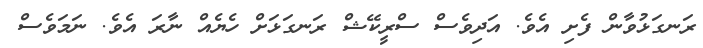
ރަނގަޅުވާން ފެށި އެވެ. އަދިވެސް ސްރީކޭޝް ރަނގަޅަށް ހެޔެއް ނާރަ އެވެ. ނަމަވެސް